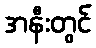
အနီးတွင်